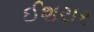
ઈશરાર